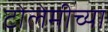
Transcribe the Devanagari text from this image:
टोलेमीच्या